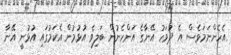
އެހެންނަމަވެސް އެ ދުވަހު އޭނާގެ އަންހެނުން ބަލިވެ އުޅުމުން އެކަމުގައި އުޅުނީ އޭނާ